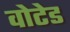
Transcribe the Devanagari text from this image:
वोटेड